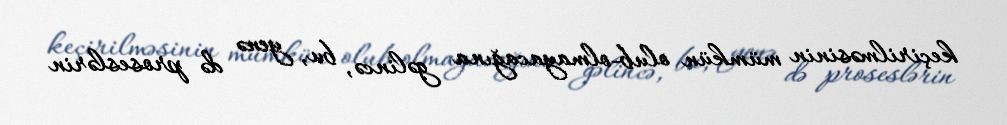
keçirilməsinin mümkün olub-olmayacağına gəlincə, bu, yenə də proseslərin